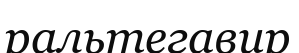
ральтегавир